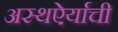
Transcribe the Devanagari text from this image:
अस्थऐर्याची